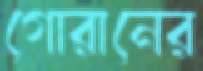
গোরানের